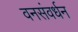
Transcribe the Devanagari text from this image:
वनसंवर्धन